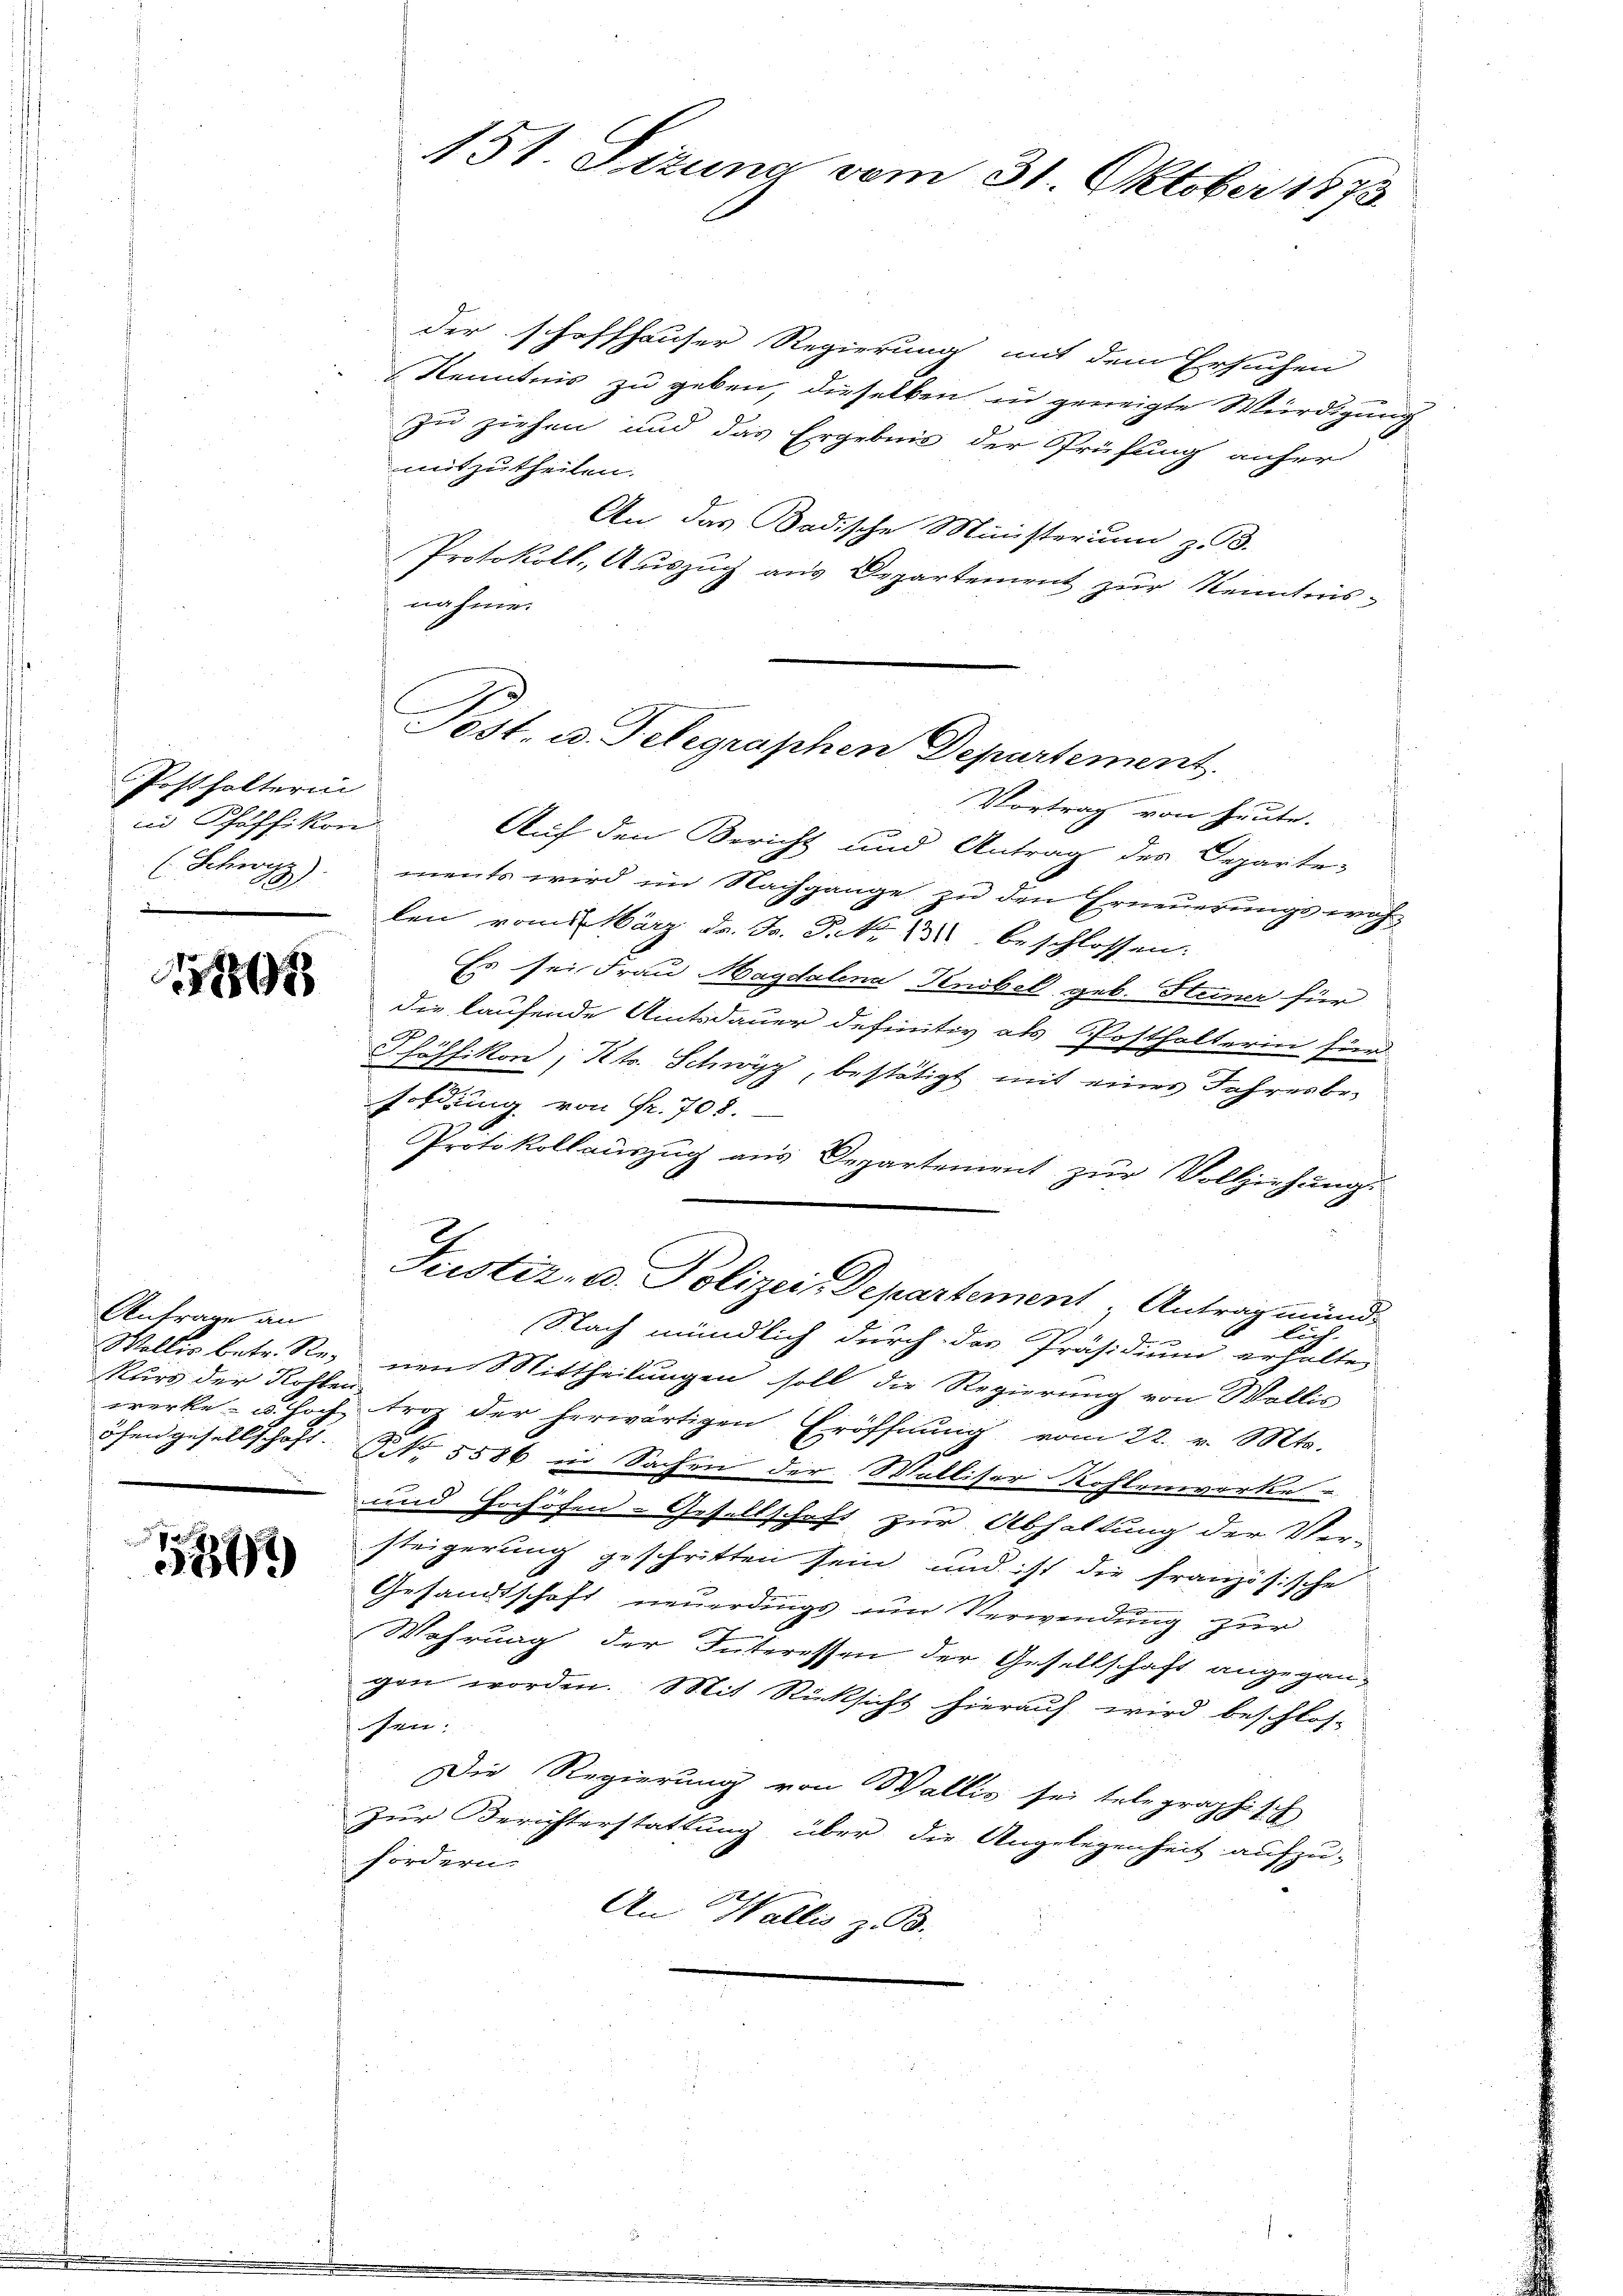
Posthalterin
id Schäffikon
e

5 1891

Anfrage an
Kurs der Kohlen

.
341

der schaffhauser Regierung mit dem Ersuchen
Kenntnis zu geben, dieselben in geneigte Würdigung
zu ziehen und das Ergebnis der Prüfung anfer
mitzutheilen.
An das Badische Ministerium z. B.
Protokoll, Auszug aus Departement zur Kenntnis-
nahme.
Vortrag von heute.
Auf den Bericht und Antrag des Departe-
(Schwyz). ments wird im Nachgange zu den Erneuerungswah-
len vom März dr. Fr. P. Nr. 1 beschlossen.
Es sei Frau Magdalena Knobel geb. Steiner für
die laufende Amtsdauer definitiv als Posthalterin für
2
Häffikon, Kts. Schwyz, bestätigt mit eines Jahresbefoldung von Fr. 708.
Protokollauszug aus Departement zur Vollziehung.
Justiz- u. Polizei-Departement Antrag mund.
lich
Nach mündlich durch des Präsidium erhalte
Wallis betr. Reinen Mittheilungen soll die Regierung von Wollis
werke- u. hoch troz der herwärtigen Eröffnung vom 22. v. Mts.
öhengesellschaft. No. 5586 in Sachen der Walliser Rohlenwerke
und hochöfen-Gesellschaft zur Abhaltung der Ver-
steigerung geschritten sein und ist die französische
Gesandtschaft neuerdings um Verwendung zur
Wahrung der Interessen der Gesellschaft angegangen worden. Mit Rücksicht hierauf wird beschlos-
sen:
Die Regierung von Wallis sei telegraphisch
Zur Berichterstattung über die Angelegenheit aufzu-
fordern.
An Wallis z. B.

151. Sizung vom 31. Oktober 1873.

Post. v. J. Wegraphen Departement